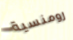
رومنسية